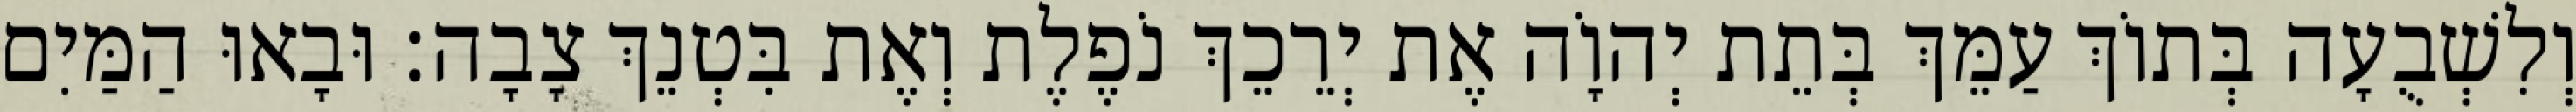
וְלִשְׁבֻעָה בְּתוֹךְ עַמֵּךְ בְּתֵת יְהוָֹה אֶת יְרֵכֵךְ נֹפֶלֶת וְאֶת בִּטְנֵךְ צָבָה׃ וּבָאוּ הַמַּיִם